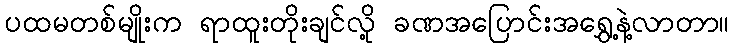
ပထမတစ်မျိုးက ရာထူးတိုးချင်လို့ ခဏအပြောင်းအရွှေ့နဲ့လာတာ။